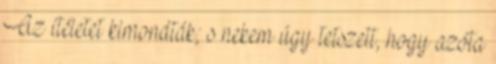
Az ítéletet kimondták; s nekem úgy tetszett, hogy azóta